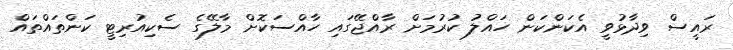
ރައީސް ވިދާޅުވީ އެކަންކަން ހައްލު ކުރުމަށް ރާއްޖޭގައި ހާއްސަކޮށް މާލޭގެ ސެކިއުރިޓީ ކަންތައްތައް